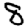
Digit: 8